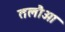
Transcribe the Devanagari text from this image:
तलौआ